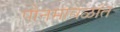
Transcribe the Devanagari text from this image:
पौनमावळांत